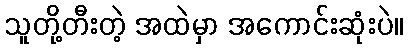
သူတို့တီးတဲ့ အထဲမှာ အကောင်းဆုံးပဲ။